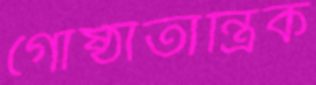
গোষ্ঠীতান্ত্রিক